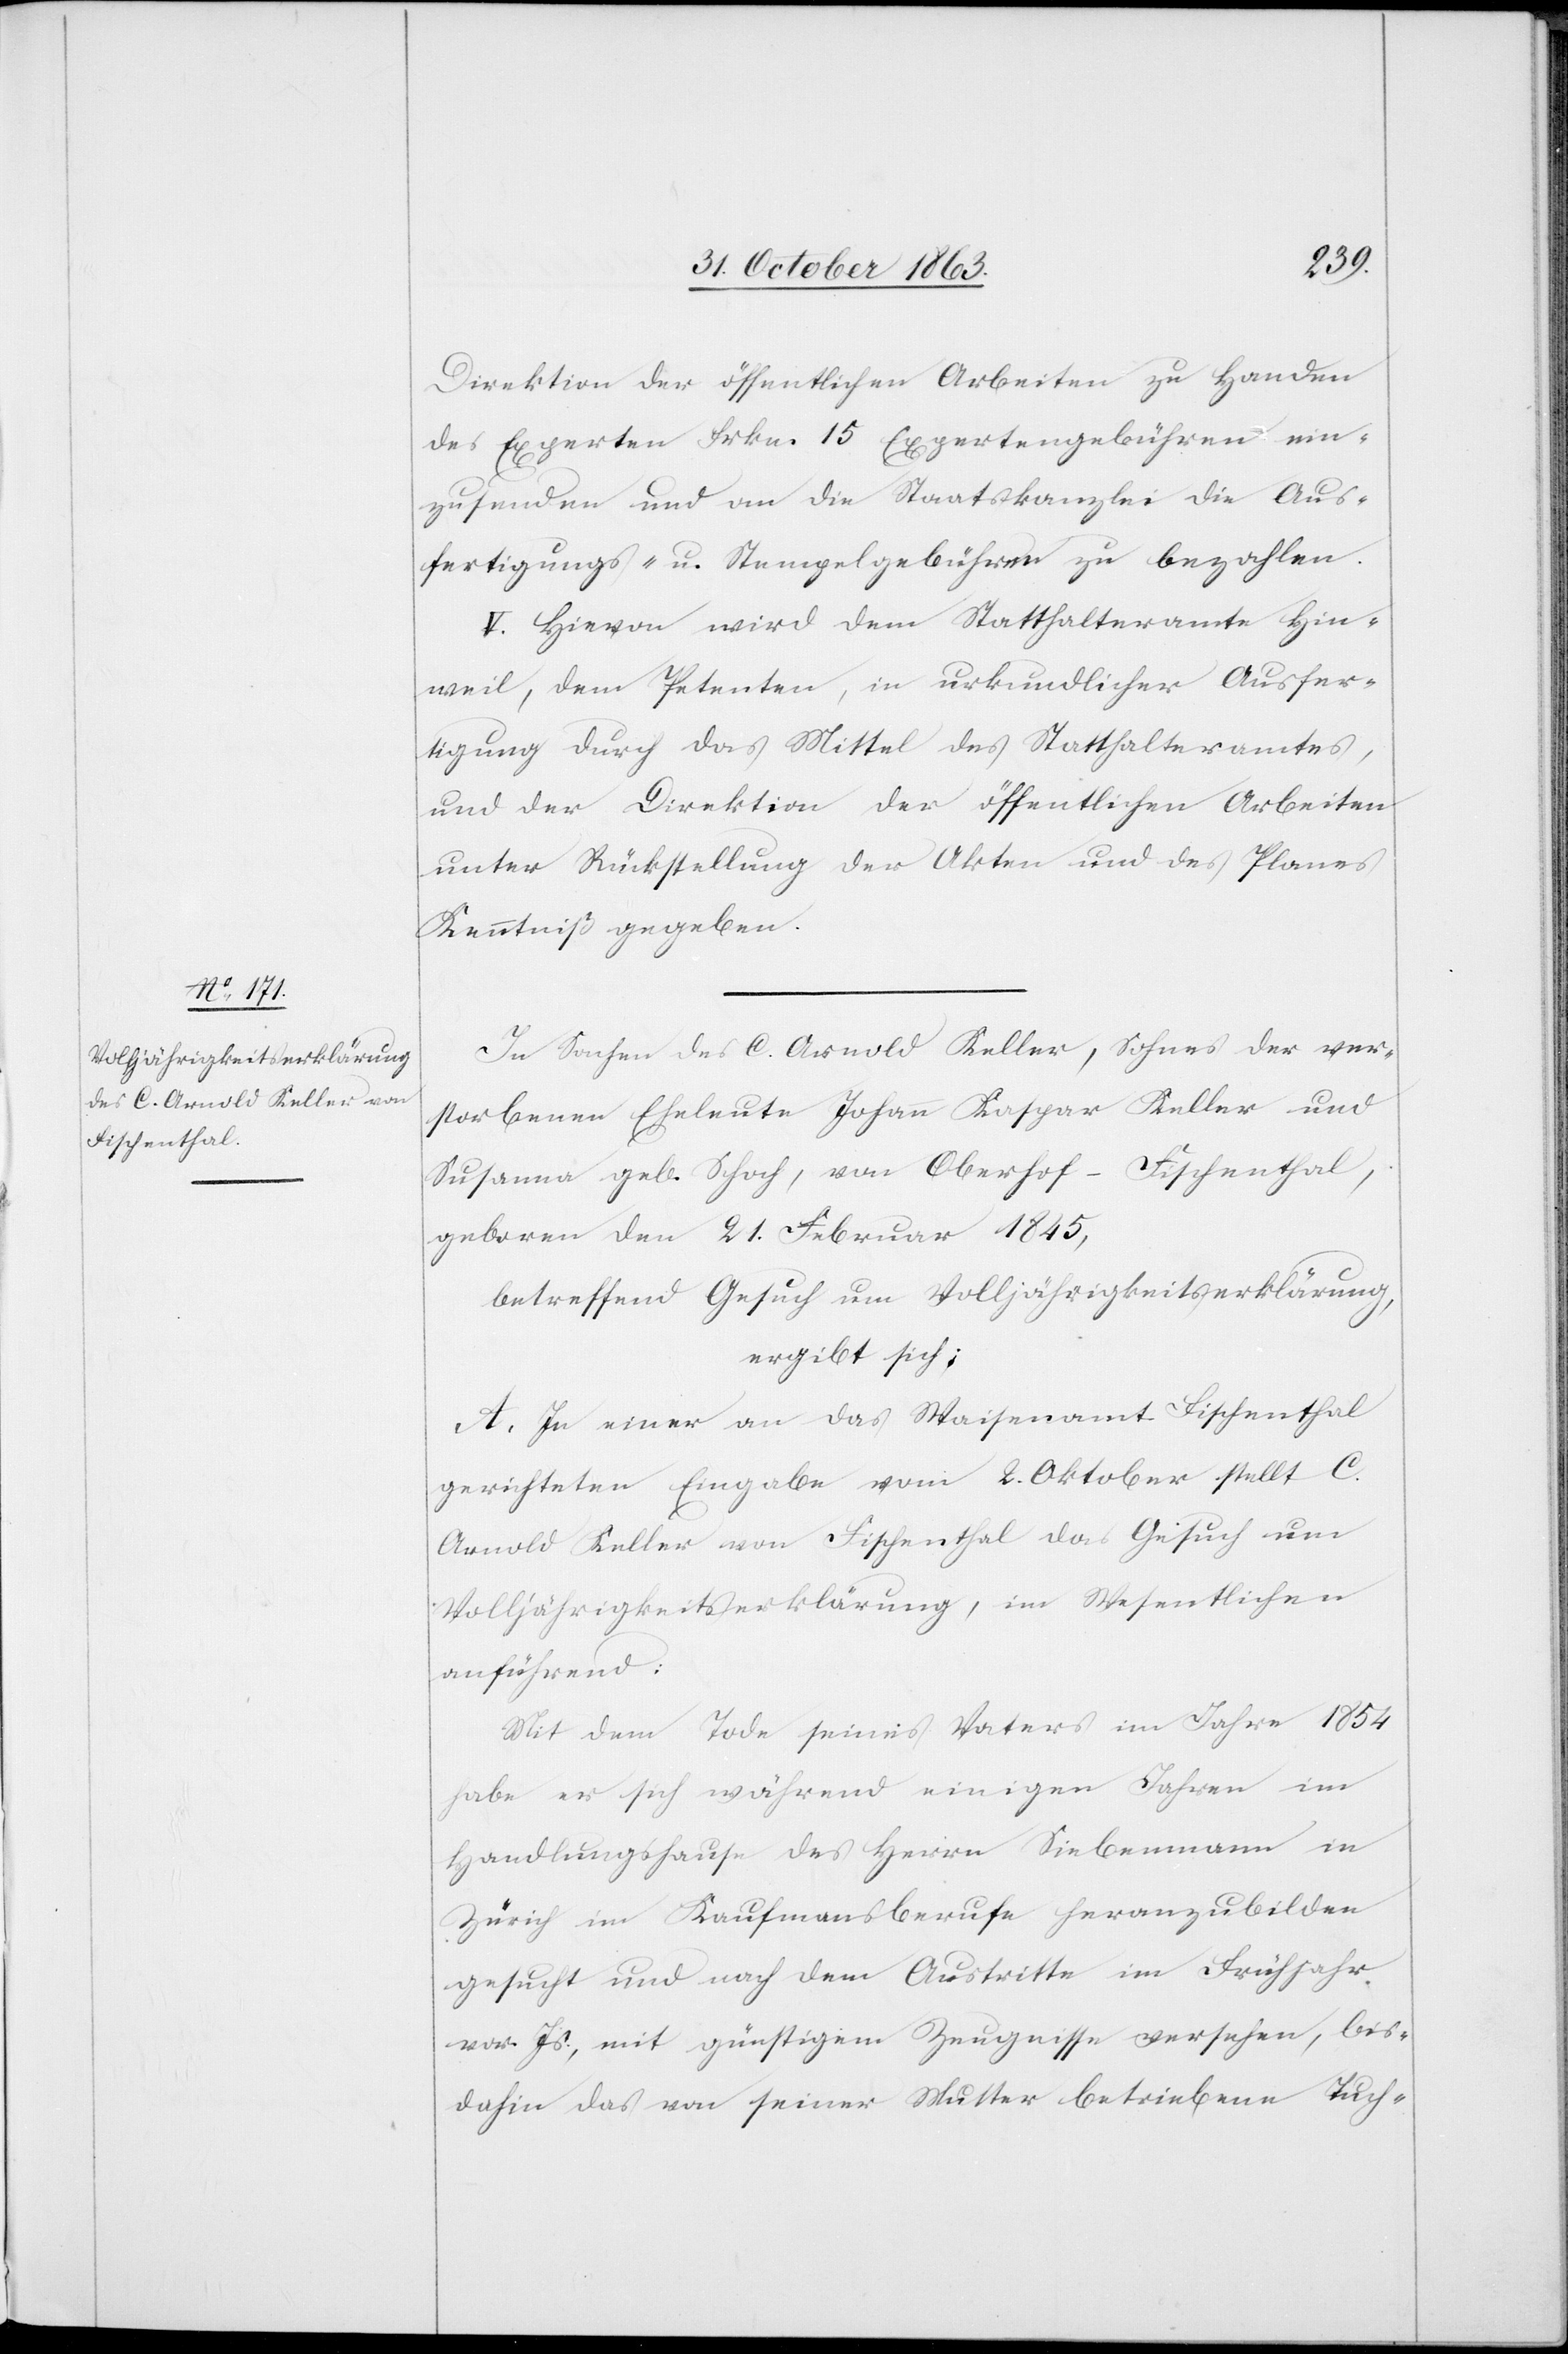
Direktion der öffentlichen Arbeiten zu Handen
des Experten Frkn. 15 Expertengebühren ein¬
zusenden und an die Staatskanzlei die Aus¬
fertigungs- u. Stempelgebühren zu bezahlen.
V. Hievon wird dem Statthalteramte Hin¬
weil, dem Petenten, in urkundlicher Ausfer¬
tigung durch das Mittel des Statthalteramtes,
und der Direktion der öffentlichen Arbeiten
unter Rückstellung der Akten und des Planes
Kenntniß gegeben.
In Sachen des C. Arnold Keller, Sohnes der ver¬
storbenen Eheleute Johann Kaspar Keller und
Susanna geb. Schoch, von Oberhof-Fischenthal,
geboren den 21. Februar 1845,
betreffend Gesuch um Volljährigkeitserklärung,
ergibt sich:
A. In einer an das Waisenamt Fischenthal
gerichteten Eingabe vom 2. Oktober stellt C.
Arnold Keller von Fischenthal das Gesuch um
Volljährigkeitserklärung, im Wesentlichen
anführend:
Mit dem Tode seines Vaters im Jahre 1854
habe er sich während einigen Jahren im
Handlungshause des Herrn Siebenmann in
Zürich im Kaufmansberufe heranzubilden
gesucht und nach dem Austritte im Frühjahr
vor. Js., mit günstigem Zeugnisse versehen, bis¬
dahin das von seiner Mutter betriebene Tuch-